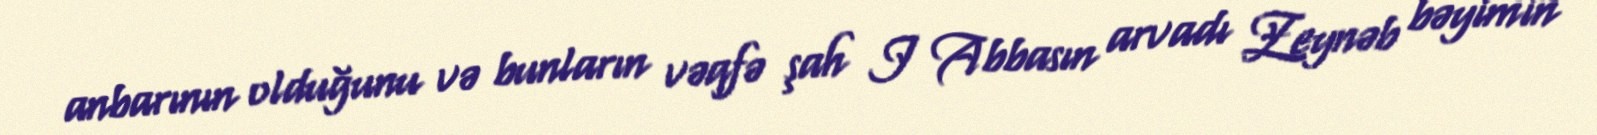
anbarının olduğunu və bunların vəqfə şah I Abbasın arvadı Zeynəb bəyimin